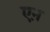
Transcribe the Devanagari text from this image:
एऩ